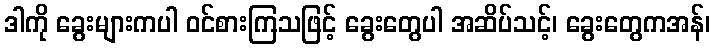
ဒါကို ခွေးများကပါ ဝင်စားကြသဖြင့် ခွေးတွေပါ အဆိပ်သင့်၊ ခွေးတွေကအန်၊